Madras plague regulations and rules for the inspection of inward and outward bound vessels - Volume 1
Disease focus: Plague
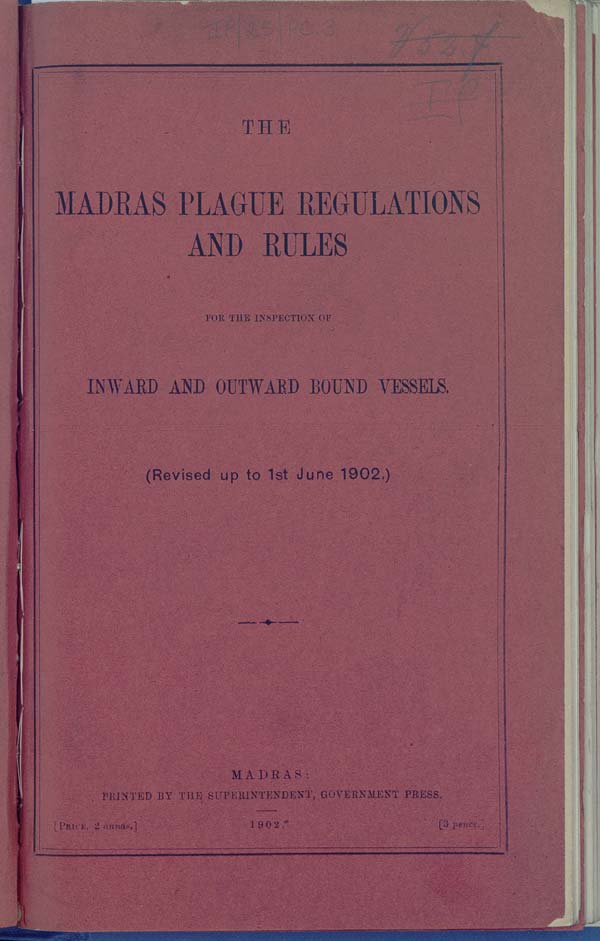
THE
MADRAS PLAGUE REGULATIONS
AND RULES
FOR THE INSPECTION OF
INWARD AND OUTWARD BOUND VESSELS.
(Revised up to 1st June 1902.)
MADRAS:
PRINTED BY THE SUPERINTENDENT, GOVERNMENT PRESS.
[PRICE, 2
annas.]
1902.
[3 pence.]